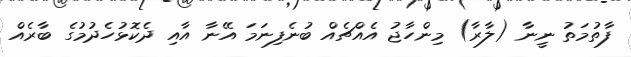
ފާތުމަތު ނީނާ (ލާރާ) މިންހާޖު އެއްޗެއް ބުނެފިނަމަ އޭނާ އާއި ދެކޮޅުހެދުމުގެ ބާރެއް